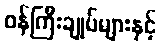
ဝန်ကြီးချုပ်များနှင့်